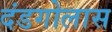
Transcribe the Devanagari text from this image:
दंडगोलास